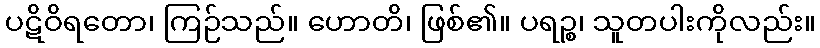
ပဋိဝိရတော၊ ကြဉ်သည်။ ဟောတိ၊ ဖြစ်၏။ ပရဉ္စ၊ သူတပါးကိုလည်း။